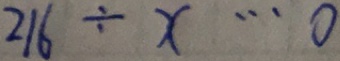
2 1 6 \div x \cdots 0